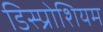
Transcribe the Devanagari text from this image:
डिस्प्रोशियम